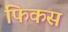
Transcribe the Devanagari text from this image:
फिकस